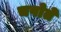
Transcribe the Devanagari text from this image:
चपोते